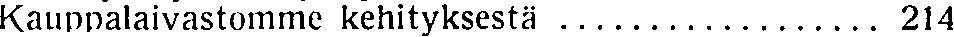
Kauppalaivastomme kehityksestä .................. 214